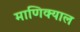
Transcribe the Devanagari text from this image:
माणिक्याल